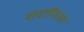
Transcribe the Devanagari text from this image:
नादानिस्ता